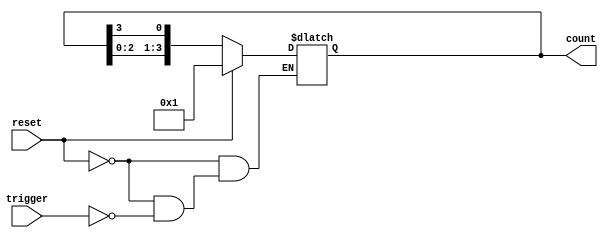
module async_ring_counter #(
    parameter N = 4  // Number of states (flip-flops)
) (
    input wire reset,   // Asynchronous reset
    input wire trigger, // Trigger signal for state change
    output reg [N-1:0] count // Output representing the current state
);

    // Initialize the count to the first state
    initial begin
        count = 1'b1; // Start with the first flip-flop set to '1'
    end

    // Asynchronous logic for the ring counter
    always @(*) begin
        if (reset) begin
            count = 1'b1; // Reset to the first state
        end else if (trigger) begin
            // Shift the active state to the next flip-flop
            count = {count[N-2:0], count[N-1]};
        end
    end

endmodule